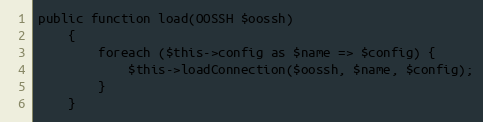
Language: PHP
public function load(OOSSH $oossh)
    {
        foreach ($this->config as $name => $config) {
            $this->loadConnection($oossh, $name, $config);
        }
    }